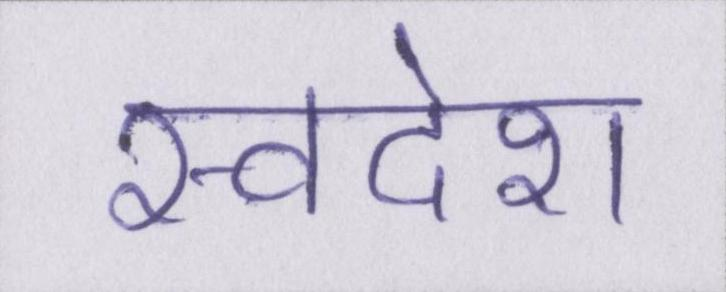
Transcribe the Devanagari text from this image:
स्वदेश